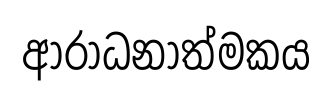
ආරාධනාත්මකය